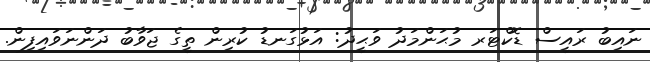
ނައިބު ރައީސް ޑޮކްޓަރ މުޙަންމަދު ވަޙީދު: އަޅުގަނޑު ކުރިން ތީގެ ޖަވާބު ދަންނަވައިފިން.